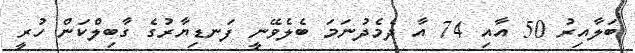
ބަލާއިރު 50 އާއި 74 އާ ދެމެދުނަމަ ބެލެވޭނީ ފަނޑިޔާރުގެ ގާބިލްކަން ހުރީ